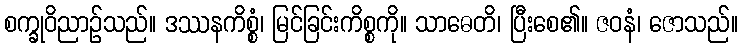
စက္ခုဝိညာဉ်သည်။ ဒဿနကိစ္စံ၊ မြင်ခြင်းကိစ္စကို။ သာဓေတိ၊ ပြီးစေ၏။ ဇဝနံ၊ ဇောသည်။